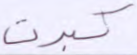
كبرت